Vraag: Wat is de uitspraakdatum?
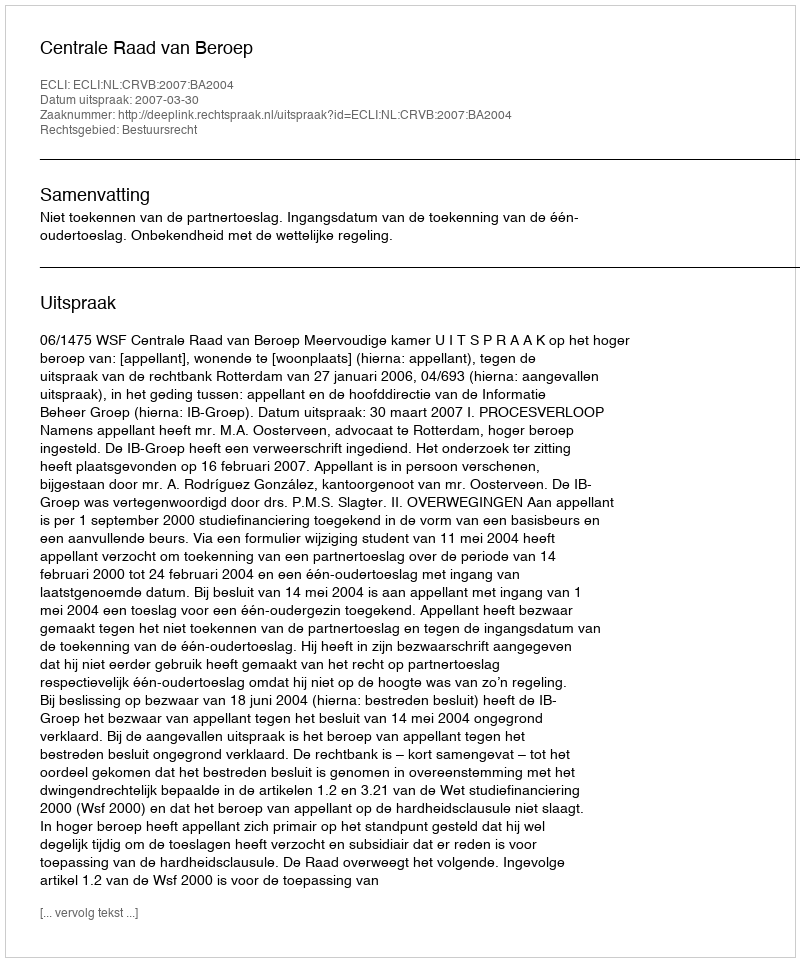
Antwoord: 2007-03-30